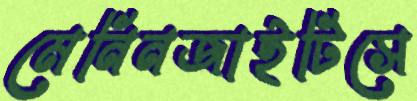
মেনিনজাইটিসে